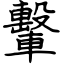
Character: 轚